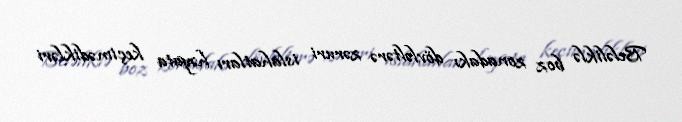
Beləliklə boz zonadakı dövləltərə zəruri islahatları həyata keçimədikləri